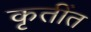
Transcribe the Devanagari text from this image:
कृतींत